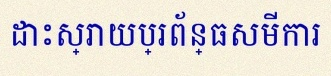
ដោះស្រាយប្រព័ន្ធសមីការ